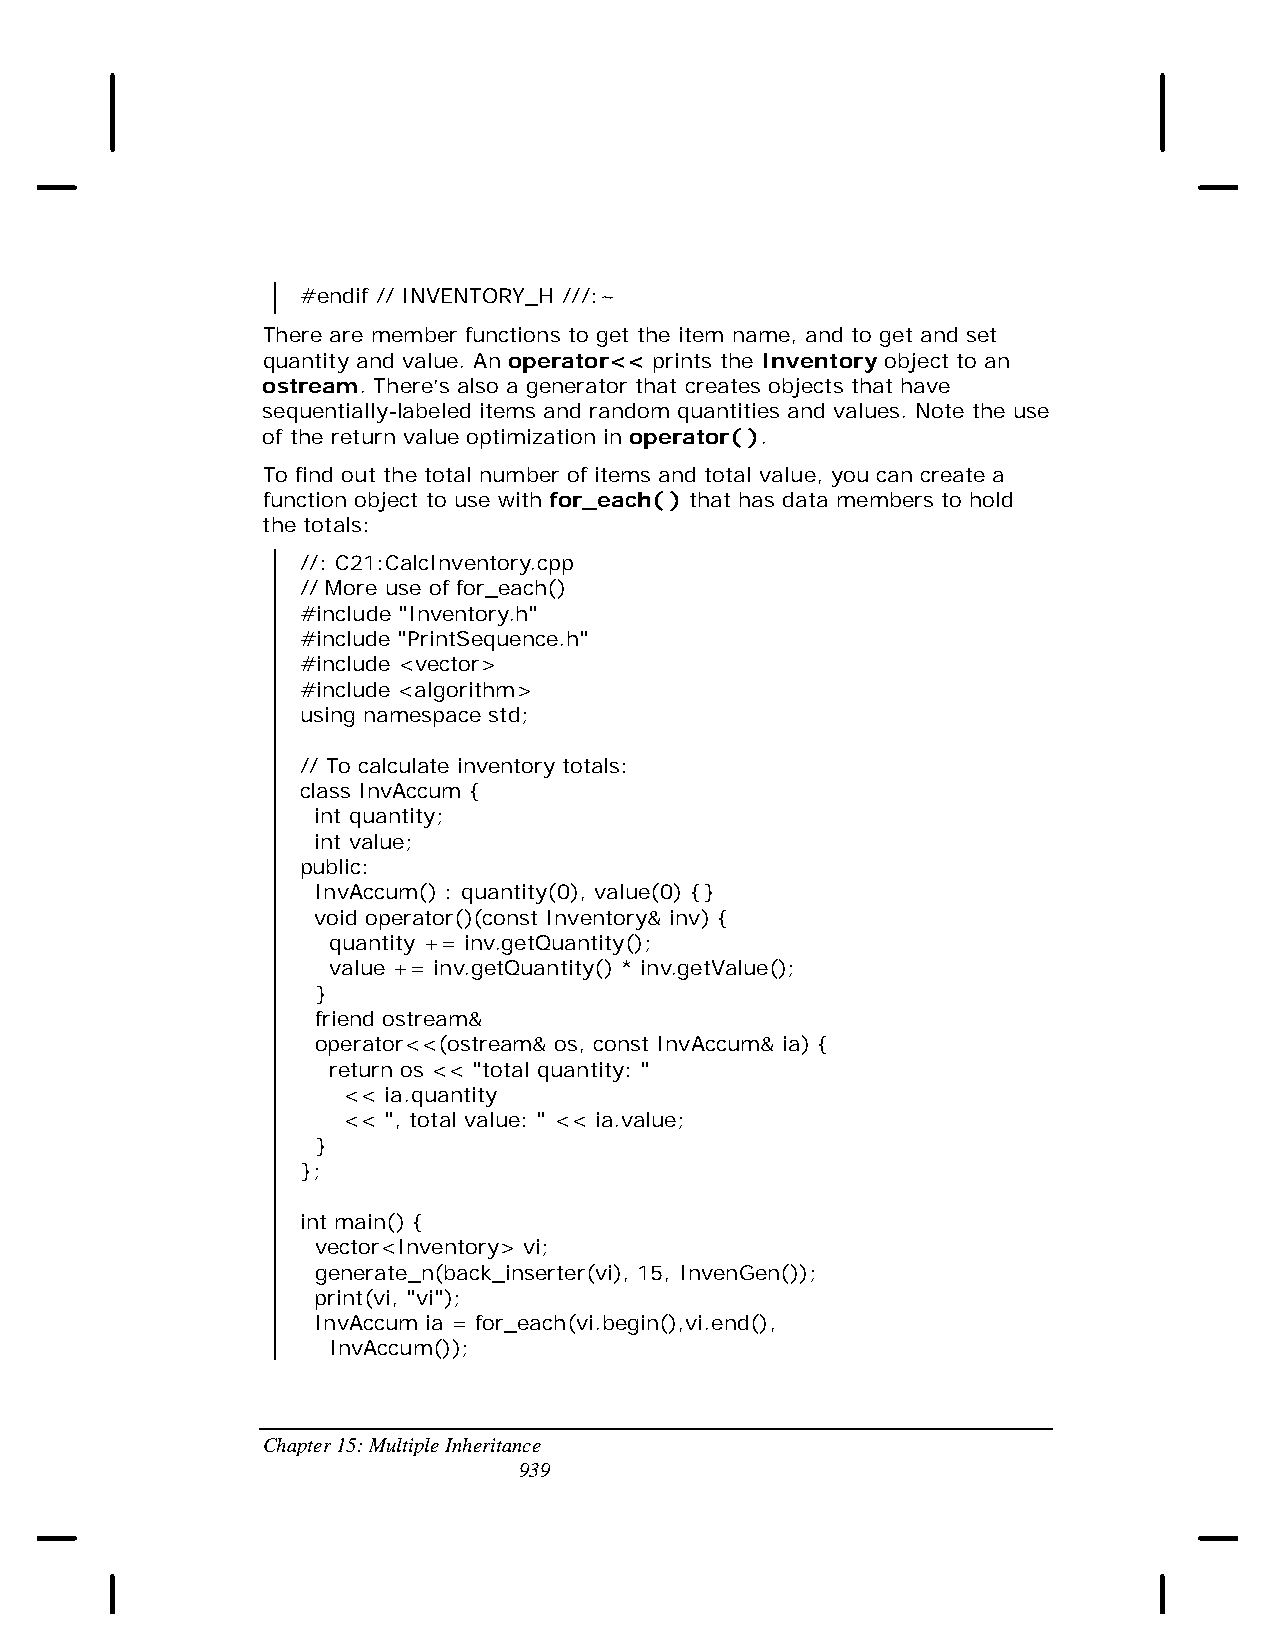
#endif // INVENTORY_H ///:~
 There are member functions to get the item name, and to get and set
 quantity and value. An operator<< prints the Inventory object to an
 ostream. There’s also a generator that creates objects that have
 sequentially-labeled items and random quantities and values. Note the use
 of the return value optimization in operator( ).
 To find out the total number of items and total value, you can create a
 function object to use with for_each( ) that has data members to hold
 the totals:
 //: C21:CalcInventory.cpp
 // More use of for_each()
 #include "Inventory.h"
 #include "PrintSequence.h"
 #include <vector>
 #include <algorithm>
 using namespace std;
 // To calculate inventory totals:
 class InvAccum {
 int quantity;
 int value;
 public:
 InvAccum() : quantity(0), value(0) {}
 void operator()(const Inventory& inv) {
 quantity += inv.getQuantity();
 value += inv.getQuantity() * inv.getValue();
 }
 friend ostream&
 operator<<(ostream& os, const InvAccum& ia) {
 return os << "total quantity: "
 << ia.quantity
 << ", total value: " << ia.value;
 }
 };
 int main() {
 vector<Inventory> vi;
 generate_n(back_inserter(vi), 15, InvenGen());
 print(vi, "vi");
 InvAccum ia = for_each(vi.begin(),vi.end(),
 InvAccum());
 Chapter 15: Multiple Inheritance
 939